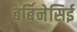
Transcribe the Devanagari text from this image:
बर्बिनेसिई